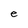
Character: e